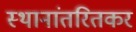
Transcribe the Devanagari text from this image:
स्थानांतरितकर